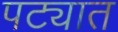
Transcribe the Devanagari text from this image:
पट्यात